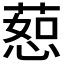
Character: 𫉅